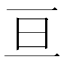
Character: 亘